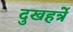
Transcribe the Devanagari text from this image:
दुखहर्त्रे